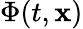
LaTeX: \Phi(t,\mathbf{x})